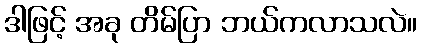
ဒါဖြင့် အခု တိမ်ပြာ ဘယ်ကလာသလဲ။